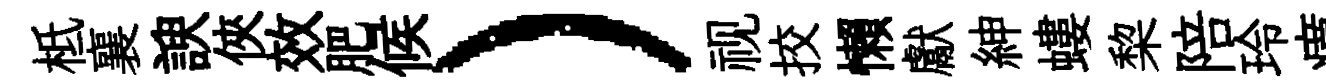
柢襄諛俠效肥候）视挍懶獻紳螻棃陪玲瘼